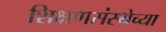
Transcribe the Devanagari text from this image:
शिक्षणसंस्थेच्या